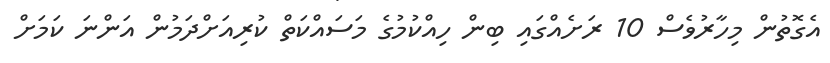
އެގޮތުން މިހާރުވެސް 10 ރަށެއްގައި ބިން ހިއްކުމުގެ މަސައްކަތް ކުރިއަށްދަމުން އަންނަ ކަމަށް